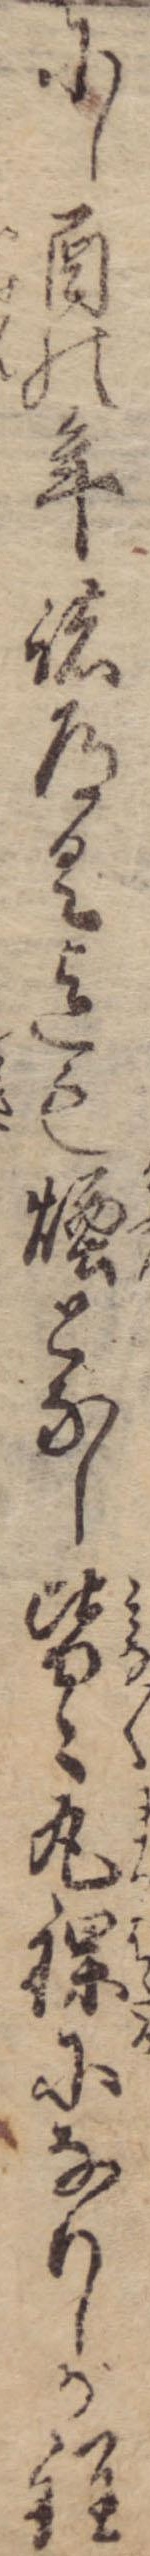
にし酉の年諸道具迄も煙となし皆々丸裸になりしが程